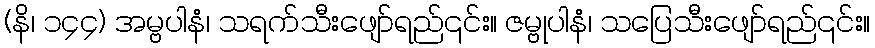
(နိ၊ ၁၄၄) အမ္ဗပါနံ၊ သရက်သီးဖျော်ရည်၎င်း။ ဇမ္ဗုပါနံ၊ သပြေသီးဖျော်ရည်၎င်း။